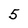
Character: 5